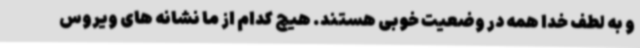
و به لطف خدا همه در وضعیت خوبی هستند. هیچ کدام از ما نشانه های ویروس